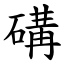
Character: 䃓